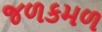
જળકમળ